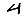
Digit: 4